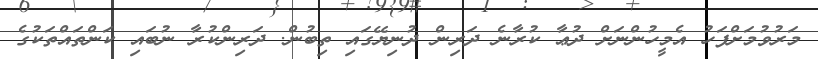
މަރުވުމަށްފަހު އެމީހުންނަށް ދުޢާ ކުރާނެ ދަރިން ދުނިޔޭގައި ތިބުން. ދަރިންކުރާ ނުބައި ކަންތައްތަކުގެ